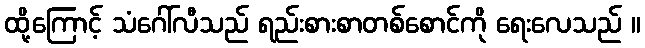
ထို့ကြောင့် သံဂေါ်လီသည် ရည်းစားစာတစ်စောင်ကို ရေးလေသည် ။